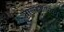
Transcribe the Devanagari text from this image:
तोल्काप्पियम्